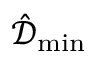
\hat { \mathcal { D } } _ { \operatorname* { m i n } }